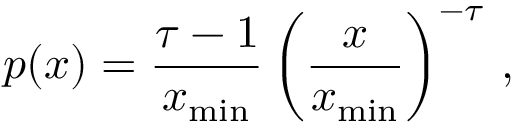
p ( x ) = \frac { \tau - 1 } { x _ { \mathrm { m i n } } } \left( \frac { x } { x _ { \mathrm { m i n } } } \right) ^ { - \tau } \, ,